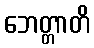
ဘေတ္တာတိ